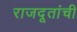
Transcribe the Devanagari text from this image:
राजदूतांची